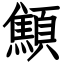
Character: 顦